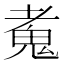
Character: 𩲘